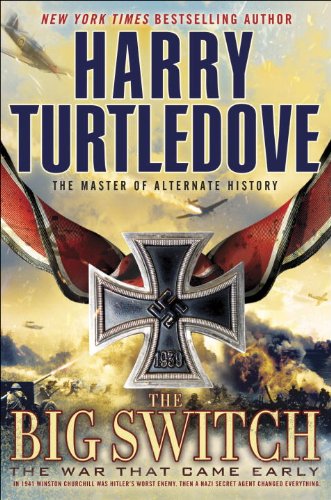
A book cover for The Big Switch (The War That Came Early, Book Three); Harry Turtledove; Science Fiction & Fantasy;